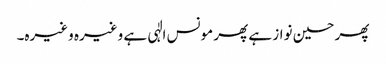
پھر حسین نواز ہے پھر مونس الٰہی ہے وغیرہ وغیرہ۔